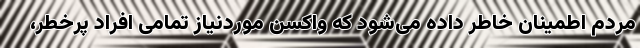
مردم اطمینان خاطر داده می‌شود که واکسن موردنیاز تمامی افراد پرخطر،